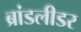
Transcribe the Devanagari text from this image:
ब्रांडलीडर